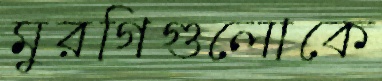
মুরগিগুলোকে